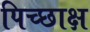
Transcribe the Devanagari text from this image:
पिच्छाक्ष